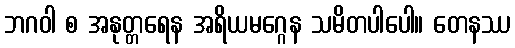
ဘဂဝါ စ အနုတ္တရေန အရိယမဂ္ဂေန သမိတပါပေါ။ တေနဿ